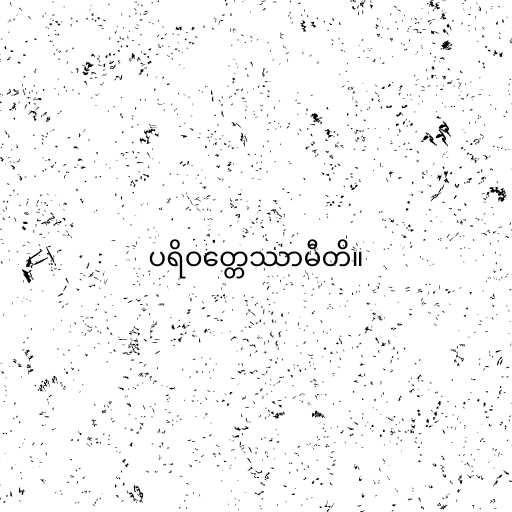
ပရိဝတ္တေဿာမီတိ။